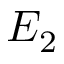
E _ { 2 }